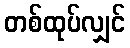
တစ်ထုပ်လျှင်